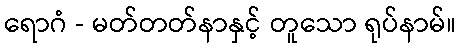
ရောဂံ - မတ်တတ်နာနှင့် တူသော ရုပ်နာမ်။